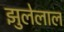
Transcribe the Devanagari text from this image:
झुलेलाल